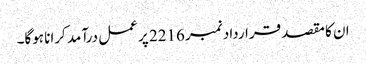
ان کا مقصد قرارداد نمبر 2216 پر عمل درآمد کرانا ہوگا۔